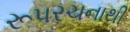
રૂપરચનાથી